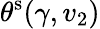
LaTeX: \theta^{\mathrm{{s}}}(\gamma,v_{2})